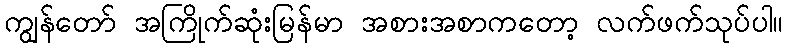
ကျွန်တော် အကြိုက်ဆုံးမြန်မာ အစားအစာကတော့ လက်ဖက်သုပ်ပါ။